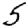
Digit: 5